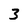
Character: 3